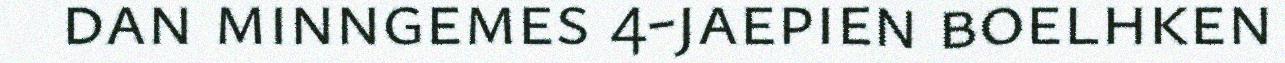
dan minngemes 4-jaepien boelhken